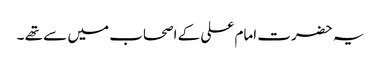
یہ حضرت امام علی کے اصحاب میں سے تھے ۔